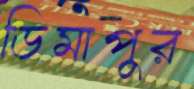
ডিমাপুর